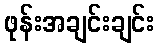
ဖုန်းအချင်းချင်း